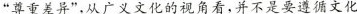
“尊重差异”.从广义文化的视角看，并不是要遵循文化